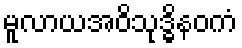
မူလာယအဝိသုဒ္ဓိနဝကံ